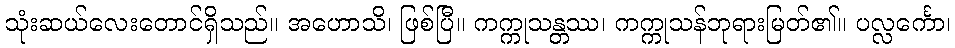
သုံးဆယ်လေးတောင်ရှိသည်။ အဟောသိ၊ ဖြစ်ပြီ။ ကက္ကုသန္တဿ၊ ကက္ကုသန်ဘုရားမြတ်၏။ ပလ္လင်္ကော၊